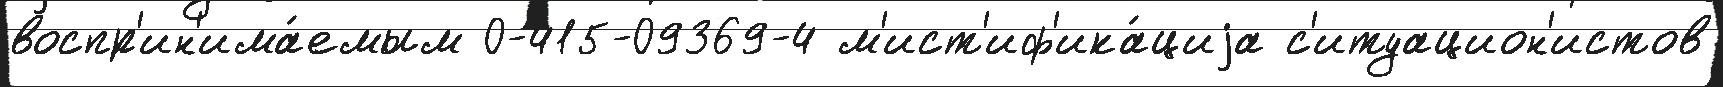
воспр'ин'има́емым 0-415-09369-4 м'ист'иф'ика́циjа с'итуацион'истов